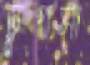
চুপসা